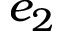
e _ { 2 }